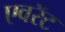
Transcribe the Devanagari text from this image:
एवरॅट